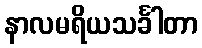
နာလမရိယသင်္ခါတာ